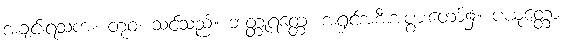
အချင်းရသက။ တုဝံ၊ သင်သည်။ ဘတ္တုရတ္တေ၊ အရှင်အစီးအပွားတော်၌။ ပယုတ္တော၊